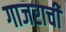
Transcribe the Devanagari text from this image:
गाजराची